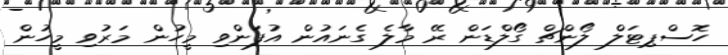
ހޮސްޕިޓަލް ލޯންޗް ގޯލްޑަން ރޭ މާލެ ގެނައުން އުފަންވި މީހުން މަރުވި މީހުން